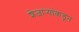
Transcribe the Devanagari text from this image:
शेजार्‍यांकडून